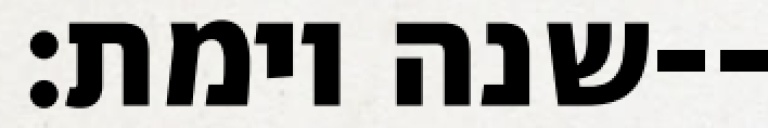
שנה וימת׃--